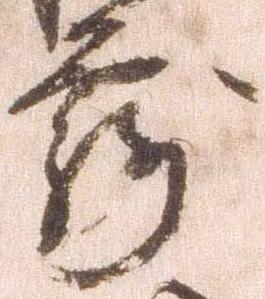
露